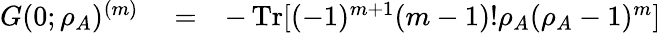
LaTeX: \begin{array}{rlr}{G(0;\rho_{A})^{(m)}}&{{}=}&{-\operatorname{Tr}[(-1)^{m+1}(m-1)!\rho_{A}(\rho_{A}-1)^{m}]}\end{array}